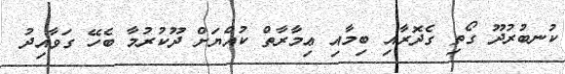
ކުނބުރުދޫ ގޯތި ގެދޮރާއި ބިމާއި ޢިމާރާތް ކުއްޔަށް ދޫކުރުމާ ބެހޭ ގަވާއިދު